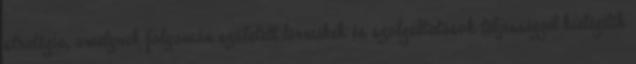
stratégia, amelynek folyamán született termékek és szolgáltatások teljességgel kielégítik